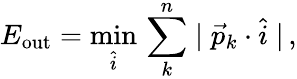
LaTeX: E_{\mathrm{out}}=\operatorname*{min}_{\hat{i}}\, \sum_{k}^{n}\mid\vec{p}_{k}\cdot{\hat{i}}\mid\, ,